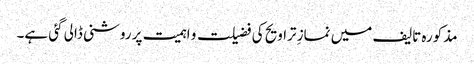
مذکورہ تالیف میں نمازِ تراویح کی فضیلت و اہمیت پر روشنی ڈالی گئی ہے۔